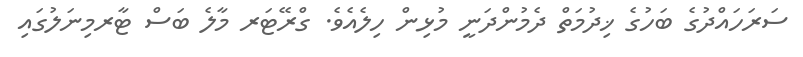
ސަރަހައްދުގެ ބަހުގެ ޚިދުމަތް ދެމުންދަނީ މުޅިން ހިލެއެވެ. ގްރޭޓަރ މާލެ ބަސް ޓާރމިނަލުގައި